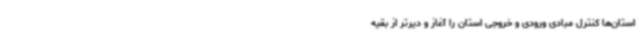
استان‌ها کنترل مبادی ورودی و خروجی استان را آغاز و دیرتر از بقیه